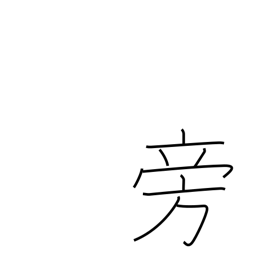
Meaning: at same time